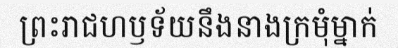
ព្រះរាជហឫទ័យនឹងនាងក្រមុំម្នាក់